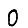
Digit: 0